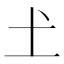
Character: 𡈽